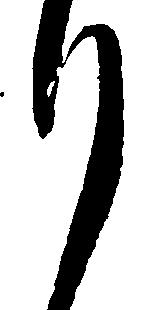
月